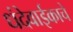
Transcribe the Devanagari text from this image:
धंदेवाईकाचे